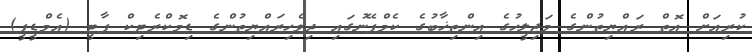
ކުރިއަށް އޮތް ރައްޔިތުންގެ މަޖިލީހުގެ އިންތިޚާބުގެ ކެމްޕޭނުގައި ދިވެހިރައްޔިތުންގެ ޑިމޮކްރެޓިކް ޕާޓީ (އެމްޑީޕީ)